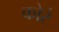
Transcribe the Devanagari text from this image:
कोरं